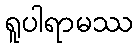
ရူပါရာမဿ